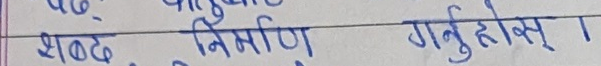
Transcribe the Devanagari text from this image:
शब्द निर्माण गर्नुहोस् ।